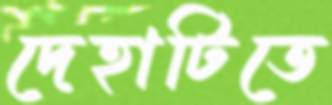
দেহাটিতে